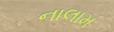
નાલામ